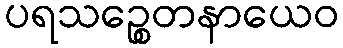
ပရသဉ္စေတနာယေဝ